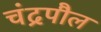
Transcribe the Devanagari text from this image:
चंद्रपौल